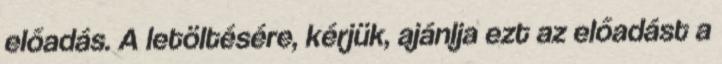
előadás. A letöltésére, kérjük, ajánlja ezt az előadást a